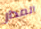
المدار